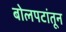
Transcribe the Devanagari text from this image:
बोलपटांतून